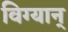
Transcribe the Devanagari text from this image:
विग्यान्